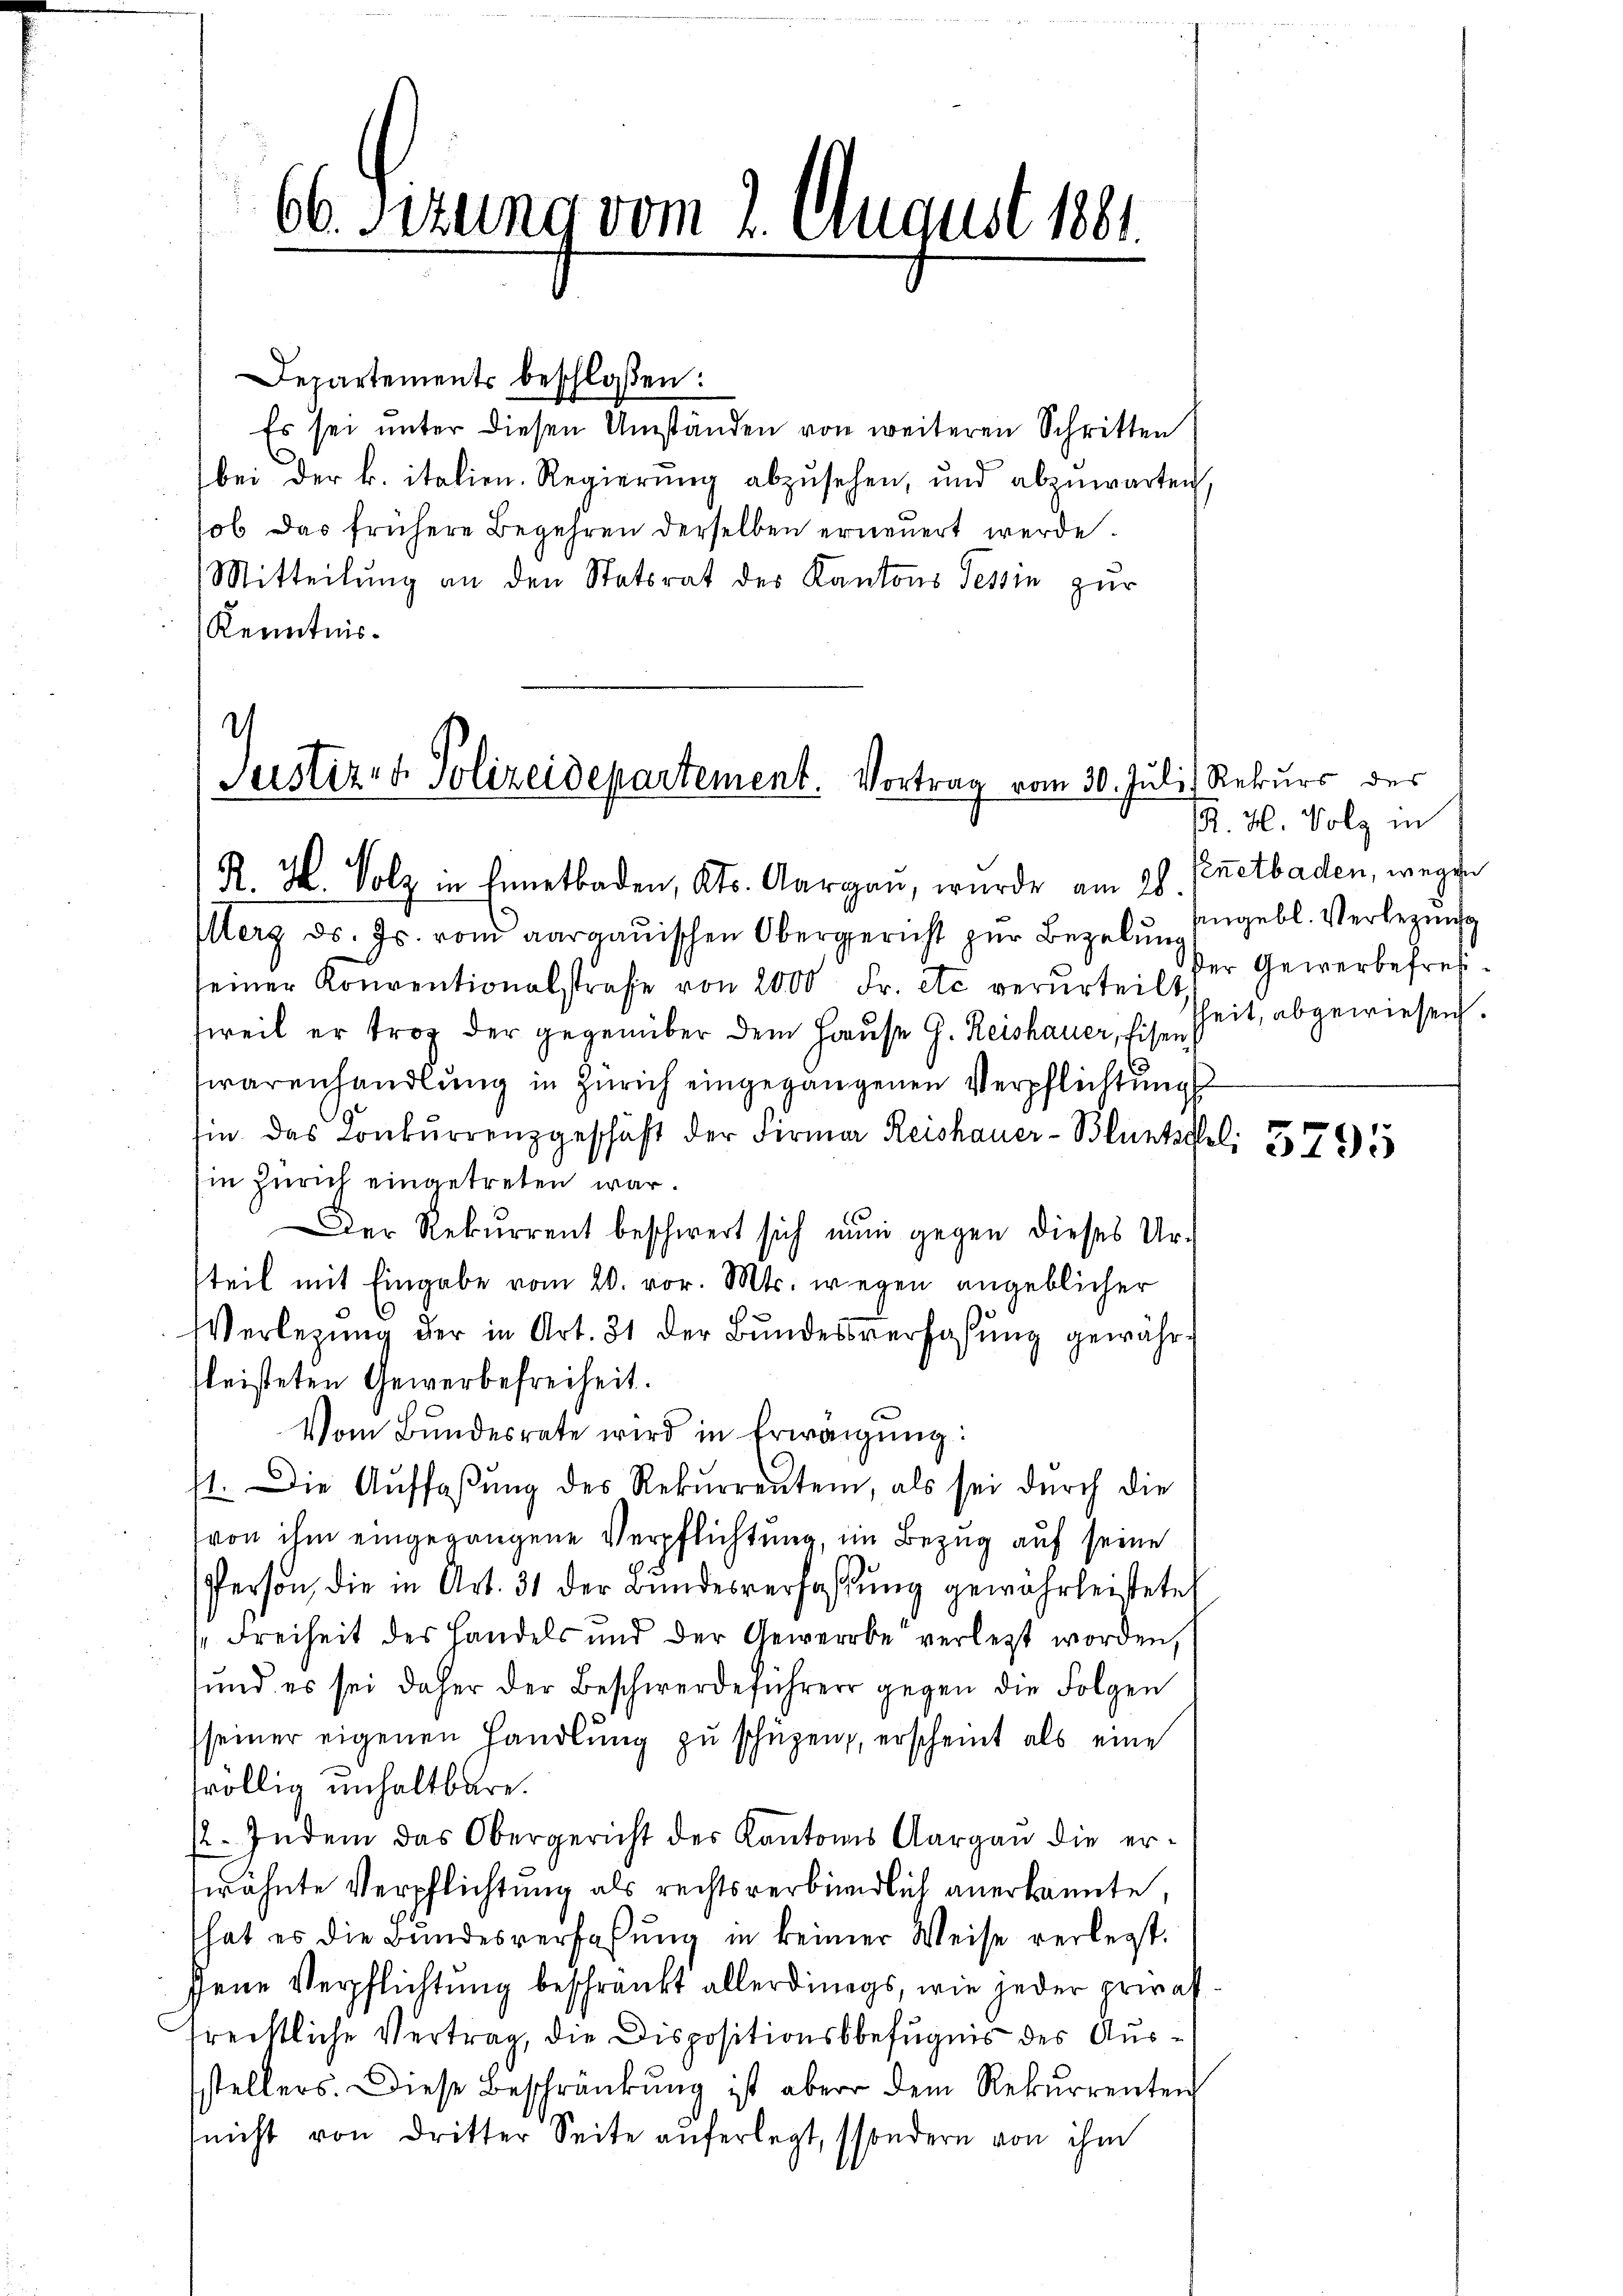
66 Sizung vom 2. August 1891.

Departements beschloßen:
Es sei unter diesen Umständen von weiteren Schritten
bei der k. italien. Regierŭng abzŭsehen, und abzŭwarten,
sob das frühere Begehren derselben erneuert werde.
Mitteilung an den Statsrat des Kantons Tessin zur
Kenntnis¬

i
Justiz- & Polizeidepartement. Vortrag vom 30. Juli) Rekurs des

K. K. Holz in Ennetbaden, Kts. Aargau, wurde am 28. Peetbaden, wegen
Merz d. Js. vom aargauischen Obergericht zur Bezelung
seiner Konventionalstrafe von 2000 Fr. etc. verurteilt,
sweil er trop der gegenüber dem Hause G. Reishauer, Eisen
warenhandlung in Zürich eingegangenen Verpflichtungs
sin das Konkŭrrenzgeschäft der Firmer Reishauer-Bluntschel 375
in Zürich eingetreten war.
Der Rekurrent beschwert sich nun gegen dieses Ur-
teil mit Eingabe vom 20. vor. Mts. wegen angeblicher
VVerlegung der in Art. 31 der Bundesverfaßung gewähre
fleisteten Gewerbefreiheit.
Vom Bŭndesrate wird in Erwägŭng:
st. Die Auffaßung des Rekurrenten, als sei dŭrch die
von ihm eingegangene Verpflichtung, im Bezug auf seine
Person, die in Art. 31 der Bŭndesverfassŭng gewährleistete
Freiheit des Handels und der Gewerbe verletzt worden,
und es sei daher der Beschwerdeführer gegen die Folgen
seiner eigenen Handlŭng zŭ schüzen, erscheint als eine
völlig unhaltbare.
/2. Indem das Obergericht der Kantons Aargau die erwähnte Verpflichtung als rechtsverbindlich anerkannte,
hat es die Bundesverfassung in keiner Weise verlegt.
Jene Verpflichtung beschränkt allerdings, wie jeder privat
rechtliche Vertrag, die Dispositionsbefugnis des Ausstellers. Diese Beschränkung ist aber dem Rekŭrrenten
nicht von dritter Seite aŭferlegt, sondern von ihm

R. H. Volz in
angebl. Verlegungs
der Gewerbefreiheit, abgewiesen.